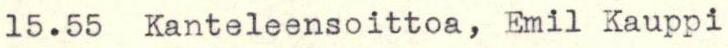
15.55  Kanteleensoittoa, Emil Kauppi